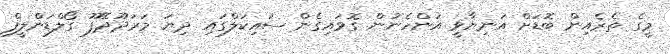
މީގެ ތެރެއިން ބޮޑަށް އަނިޔާވީ އަންހެނުން ގޮވައިގެން ސައިކަލްގައި ދިޔަ މަރަދޫދޭފޫ ގޯލްޑަންލީފް